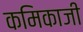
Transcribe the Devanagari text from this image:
कमिकाजी